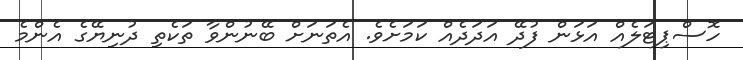
ހޮސްޕިޓަލެއް އަޅަން ފުދޭ އަދަދެއް ކަމަށެވެ. އެތަނަށް ބޭނުންވާ ތަކެތި ދުނިޔޭގެ އެންމެ